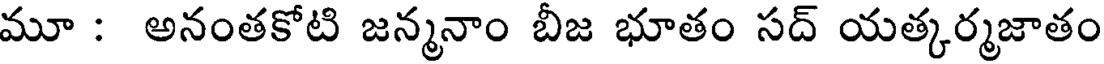
మూ : అనంతకోటి జన్మనాం బీజ భూతం సద్ యత్కర్మజాతం